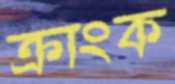
ক্রাংক